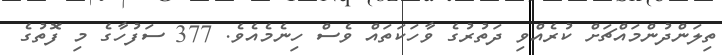
ތިލަންދުންމައްޗަށް ކުރެއްވި ދަތުރުގެ ވާހަކަތައް ވެސް ހިނެމެއެވެ. 377 ސަފުހާގެ މި ފޮތުގެ